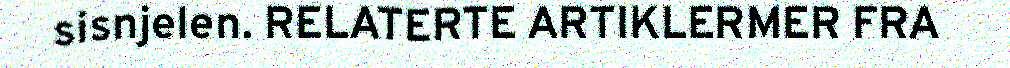
sisnjelen. RELATERTE ARTIKLERMER FRA